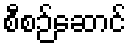
စီစဉ်ဆောင်